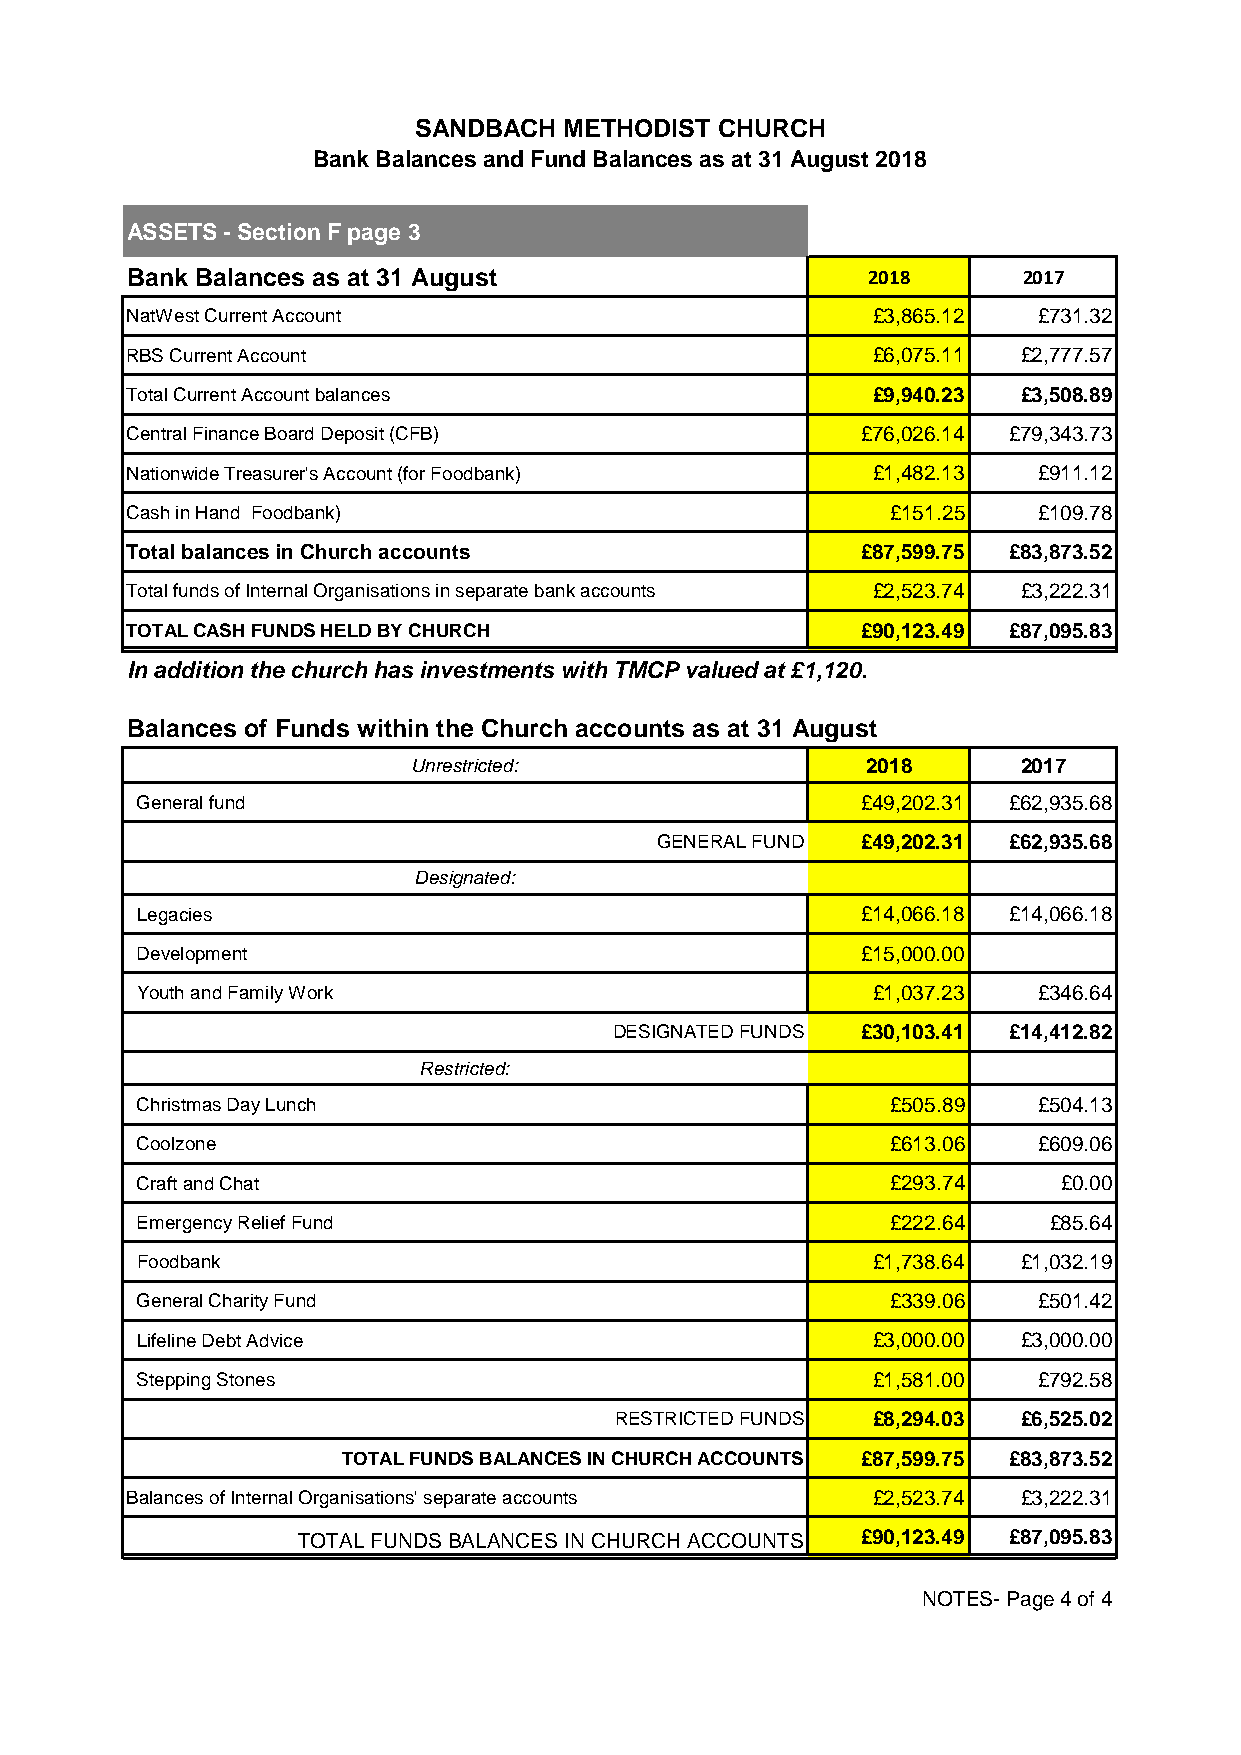
SANDBACH  METHODIST CHURCH
 Bank Balances and Fund Balances as at 31 August 2018
 ASSETS - Section F page 3
 Bank Balances as at 31 August                    2018       2017
 NatWest Current Account                           £3,865.12  £731.32
 RBS Current Account                               £6,075.11 £2,777.57
 Total Current Account balances                    £9,940.23 £3,508.89
 Central Finance Board Deposit (CFB)              £76,026.14 £79,343.73
 Nationwide Treasurer's Account (for Foodbank)     £1,482.13  £911.12
 Cash in Hand Foodbank)                             £151.25   £109.78
 Total balances in Church accounts                £87,599.75 £83,873.52
 Total funds of Internal Organisations in separate bank accounts £2,523.74 £3,222.31
 TOTAL CASH FUNDS HELD BY CHURCH                  £90,123.49 £87,095.83
 In addition the church has investments with TMCP valued at £1,120.
 Balances of Funds within the Church accounts as at 31 August
 Unrestricted:                 2018       2017
 General fund                                    £49,202.31 £62,935.68
 GENERAL FUND  £49,202.31 £62,935.68
 Designated:
 Legacies                                        £14,066.18 £14,066.18
 Development                                     £15,000.00
 Youth and Family Work                            £1,037.23  £346.64
 DESIGNATED FUNDS £30,103.41 £14,412.82
 Restricted:
 Christmas Day Lunch                               £505.89   £504.13
 Coolzone                                          £613.06   £609.06
 Craft and Chat                                    £293.74    £0.00
 Emergency Relief Fund                             £222.64   £85.64
 Foodbank                                         £1,738.64 £1,032.19
 General Charity Fund                              £339.06   £501.42
 Lifeline Debt Advice                             £3,000.00 £3,000.00
 Stepping Stones                                  £1,581.00  £792.58
 RESTRICTED FUNDS £8,294.03 £6,525.02
 TOTAL FUNDS BALANCES IN CHURCH ACCOUNTS £87,599.75 £83,873.52
 Balances of Internal Organisations' separate accounts £2,523.74 £3,222.31
 TOTAL FUNDS BALANCES IN CHURCH ACCOUNTS £90,123.49 £87,095.83
 NOTES- Page 4 of 4